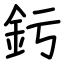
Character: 釫